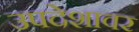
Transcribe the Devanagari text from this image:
उपदेशावर